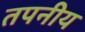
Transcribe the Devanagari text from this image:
तपनीय